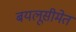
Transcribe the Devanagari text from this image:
बयलूसीमेत